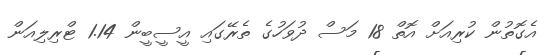
އެގޮތުން ކުރިއަށް އޮތް 18 މަސް ދުވަހުގެ ތެރޭގައި އީސީބީން 1.14 ޓްރިލިއަން